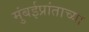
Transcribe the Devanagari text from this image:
मुंबईप्रांताच्या